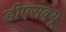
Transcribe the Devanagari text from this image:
डीएसक्यू